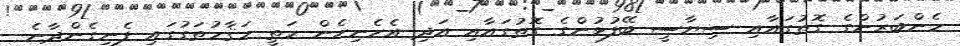
މެންބަރުންގެ ގޮތުގައާއި ސިޔާސީ ބޭފުޅުންގެ ގޮތުގައާއި އަދި އެހެނިހެން މަތީ މަޤާމުތަގުގައި ފެނިގެންދާނެ